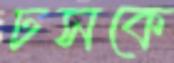
ঢসকে